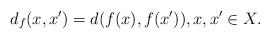
LaTeX: \begin{align*} d_f(x,x') = d(f(x), f(x')), x,x' \in X.\end{align*}